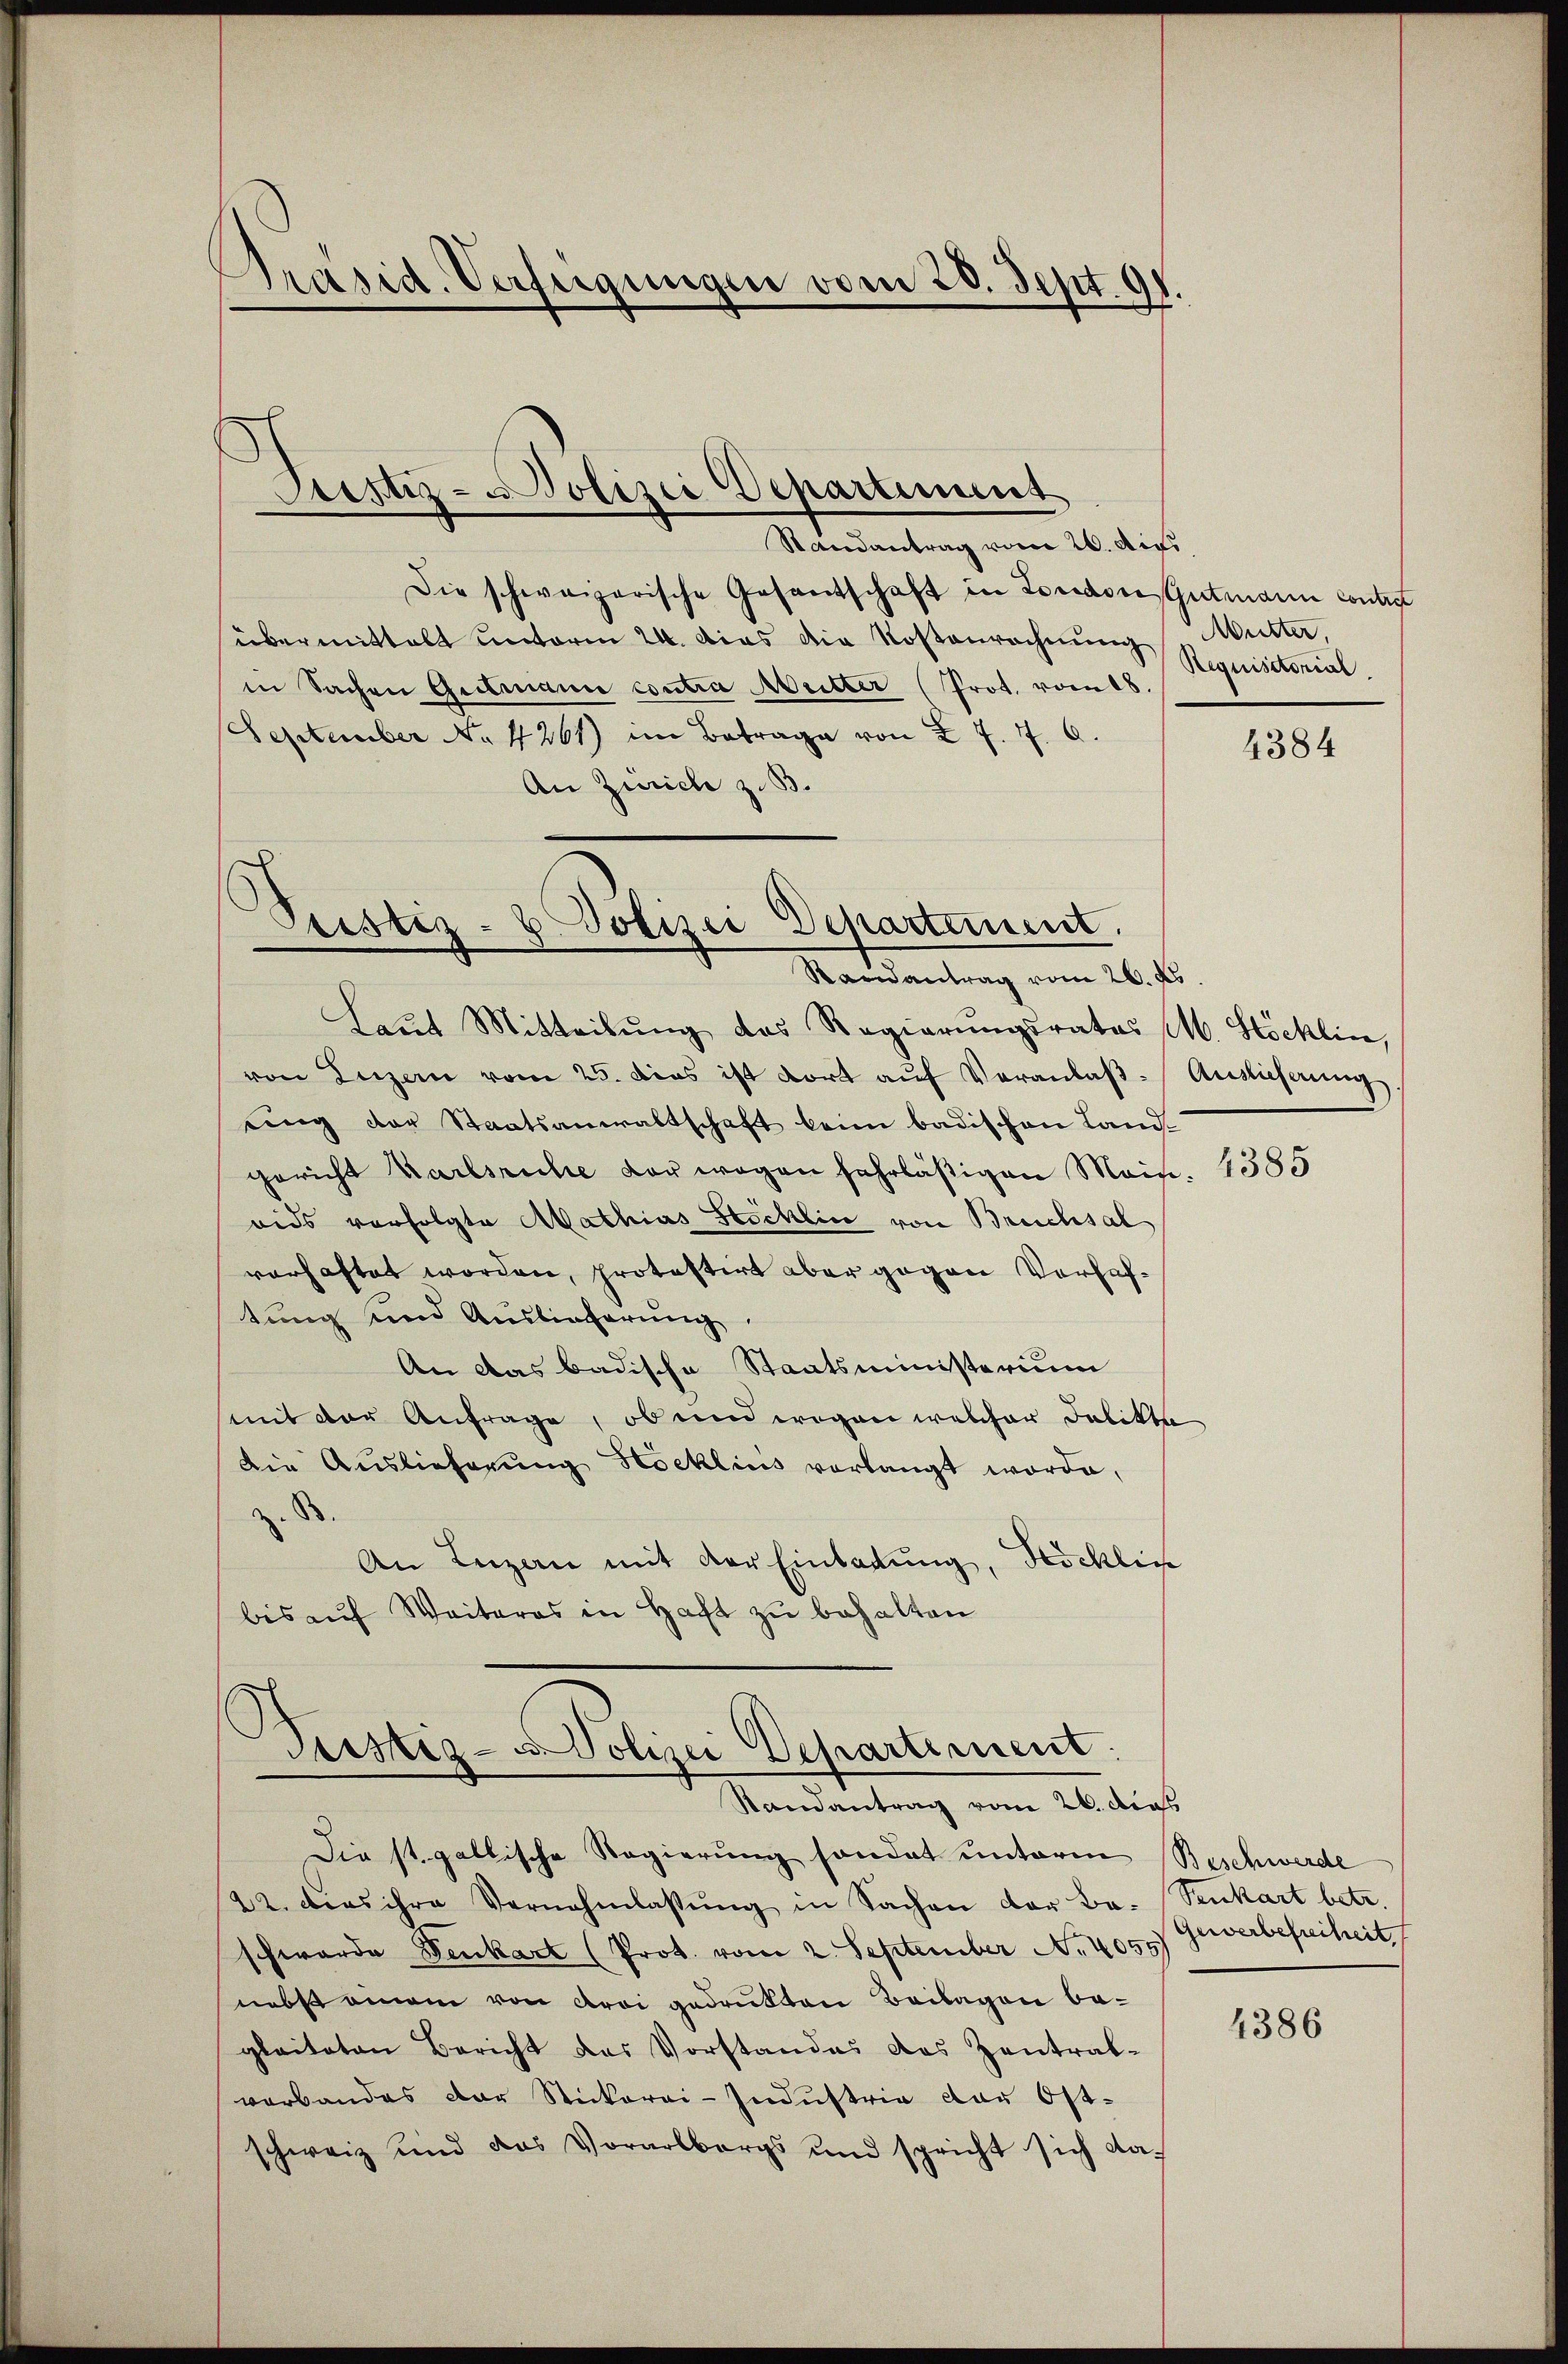
Präsid. Verfeigungen vom 28. Sept. 91.

Stestiz- u Polizei Departiment

Randantrag vom 26. Aug.
Die schweizerische Gesandschaft in London, Gutmann contrat
übermittelt unterm 24. das die Kostenrechnung Mutter,
in Sachen Gritmann contra Mutter (Prot. vom 18.
September No. 4261) im Betrage von 2 f. 7. 6.
An Zürich z. B.

.
Pristiz- & Polizei Departement.
Randantrag vom 26. ds.

Laŭt Mitteilŭng des Regierŭngsrates M. Stöcklin,
von Luzern vom 25. dies ist dort aŭf Veranlaβ-Auslieferung
eing der Staatsanwaltschaft beim badischen Land-
gericht Karlsruhe vor wegen fahrläßigen Main. 1385
aids verfolgte Mathias Stocklin von Breichsal
vorhaftet worden, protestirt aber gegen Verhaftung und Auslieferung
An das badische Staatsministerium
mit der Anfrage, ob und wegen welcher Delikte
Die Auslieferŭng Hoeklins verlangt worde,
z. B.
An Luzern mit der Einladung, Höckliche
bis aŭf Weiteres in Haft zu behalten

Tustiz-Polizei Departement.
Randantrag vom 26. dies

Requisitorial

Die st. gallische Regierung sondet unterm Beschwerde
22. das ihre Vernehmlassŭng in Sachen der Be-
schwerde Fenkart (Prot. vom 2. September No. 405.) Gewerbefreiheit
nebst einem von drei gedrukten Beilagen begleiteten Bericht des Vorstandes das Zentral-
verbandes der Stickerei-Industria der Ost-
schweiz und das Vorarlbergs und spricht sich da-

4384

Senkart betr.

4386